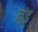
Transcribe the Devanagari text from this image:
मूंड